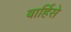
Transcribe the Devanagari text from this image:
बार्हिसे